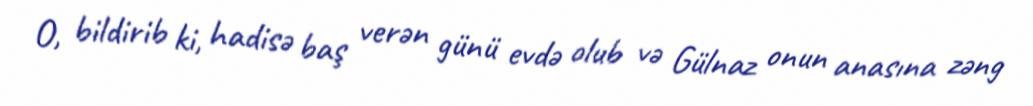
O, bildirib ki, hadisə baş verən günü evdə olub və Gülnaz onun anasına zəng